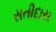
સતીદાસ